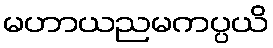
မဟာယညမကပ္ပယိ